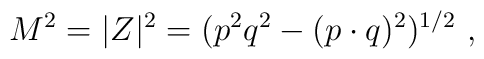
M^2= |Z|^2 = (p^2 q^2 - (p \cdot q)^2)^{1/2} \ ,